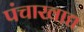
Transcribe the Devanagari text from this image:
पंचाखाद्य